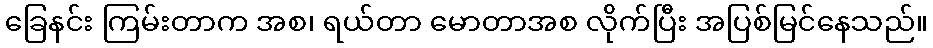
ခြေနင်း ကြမ်းတာက အစ၊ ရယ်တာ မောတာအစ လိုက်ပြီး အပြစ်မြင်နေသည်။